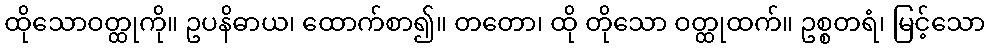
ထိုသောဝတ္ထုကို။ ဥပနိဓာယ၊ ထောက်စာ၍။ တတော၊ ထို တိုသော ဝတ္ထုထက်။ ဥစ္စတရံ၊ မြင့်သော